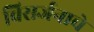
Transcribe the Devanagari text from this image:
विसर्जनाचे